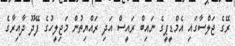
ރޭގެ ޖަލްސާގައި އެމްޑީޕީގެ ނައިބް ރައީސް އަދި ރައްޔިތުން މަޖިލީހުގެ ފޭދޫ ދާއިރާގެ